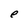
Character: e